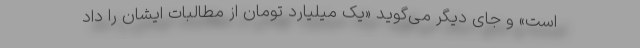
است» و جای دیگر می‌گوید «یک میلیارد تومان از مطالبات ایشان را داد